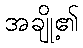
အချို့၏